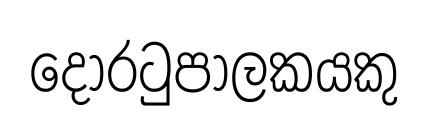
දොරටුපාලකයකු